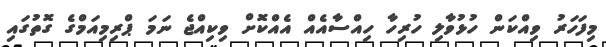
މިފަހަރު ވިއްކަން ހުޅުވާލި ހުރިހާ ހިއްސާއެއް އެއްކޮށް ވިކިއްޖެ ނަމަ ޕްރިމިއަމްގެ ގޮތުގައި